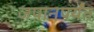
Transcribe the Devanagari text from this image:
जपानपर्यंत